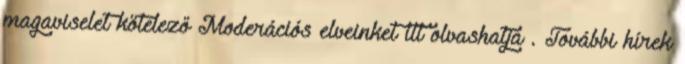
magaviselet kötelező Moderációs elveinket itt olvashatja . További hírek